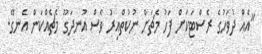
"އެއް ދުވަހުގެ ރެސްޓަކަށް ފަހު މެޗަށް ނުކުތްއިރު ވެސް އުނދަގޫ މެޗެއްކަން އެނގޭ.